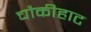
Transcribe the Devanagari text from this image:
चौकीहाट